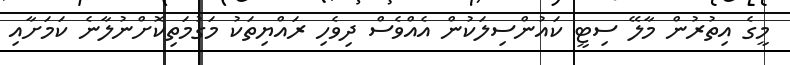
މީގެ އިތުރުން މާލޭ ސިޓީ ކައުންސިލަކުން އެއްވެސް ދިވެހި ރައްޔިތަކު މަގުމަތިކޮށްނުލާނެ ކަމަށާއި